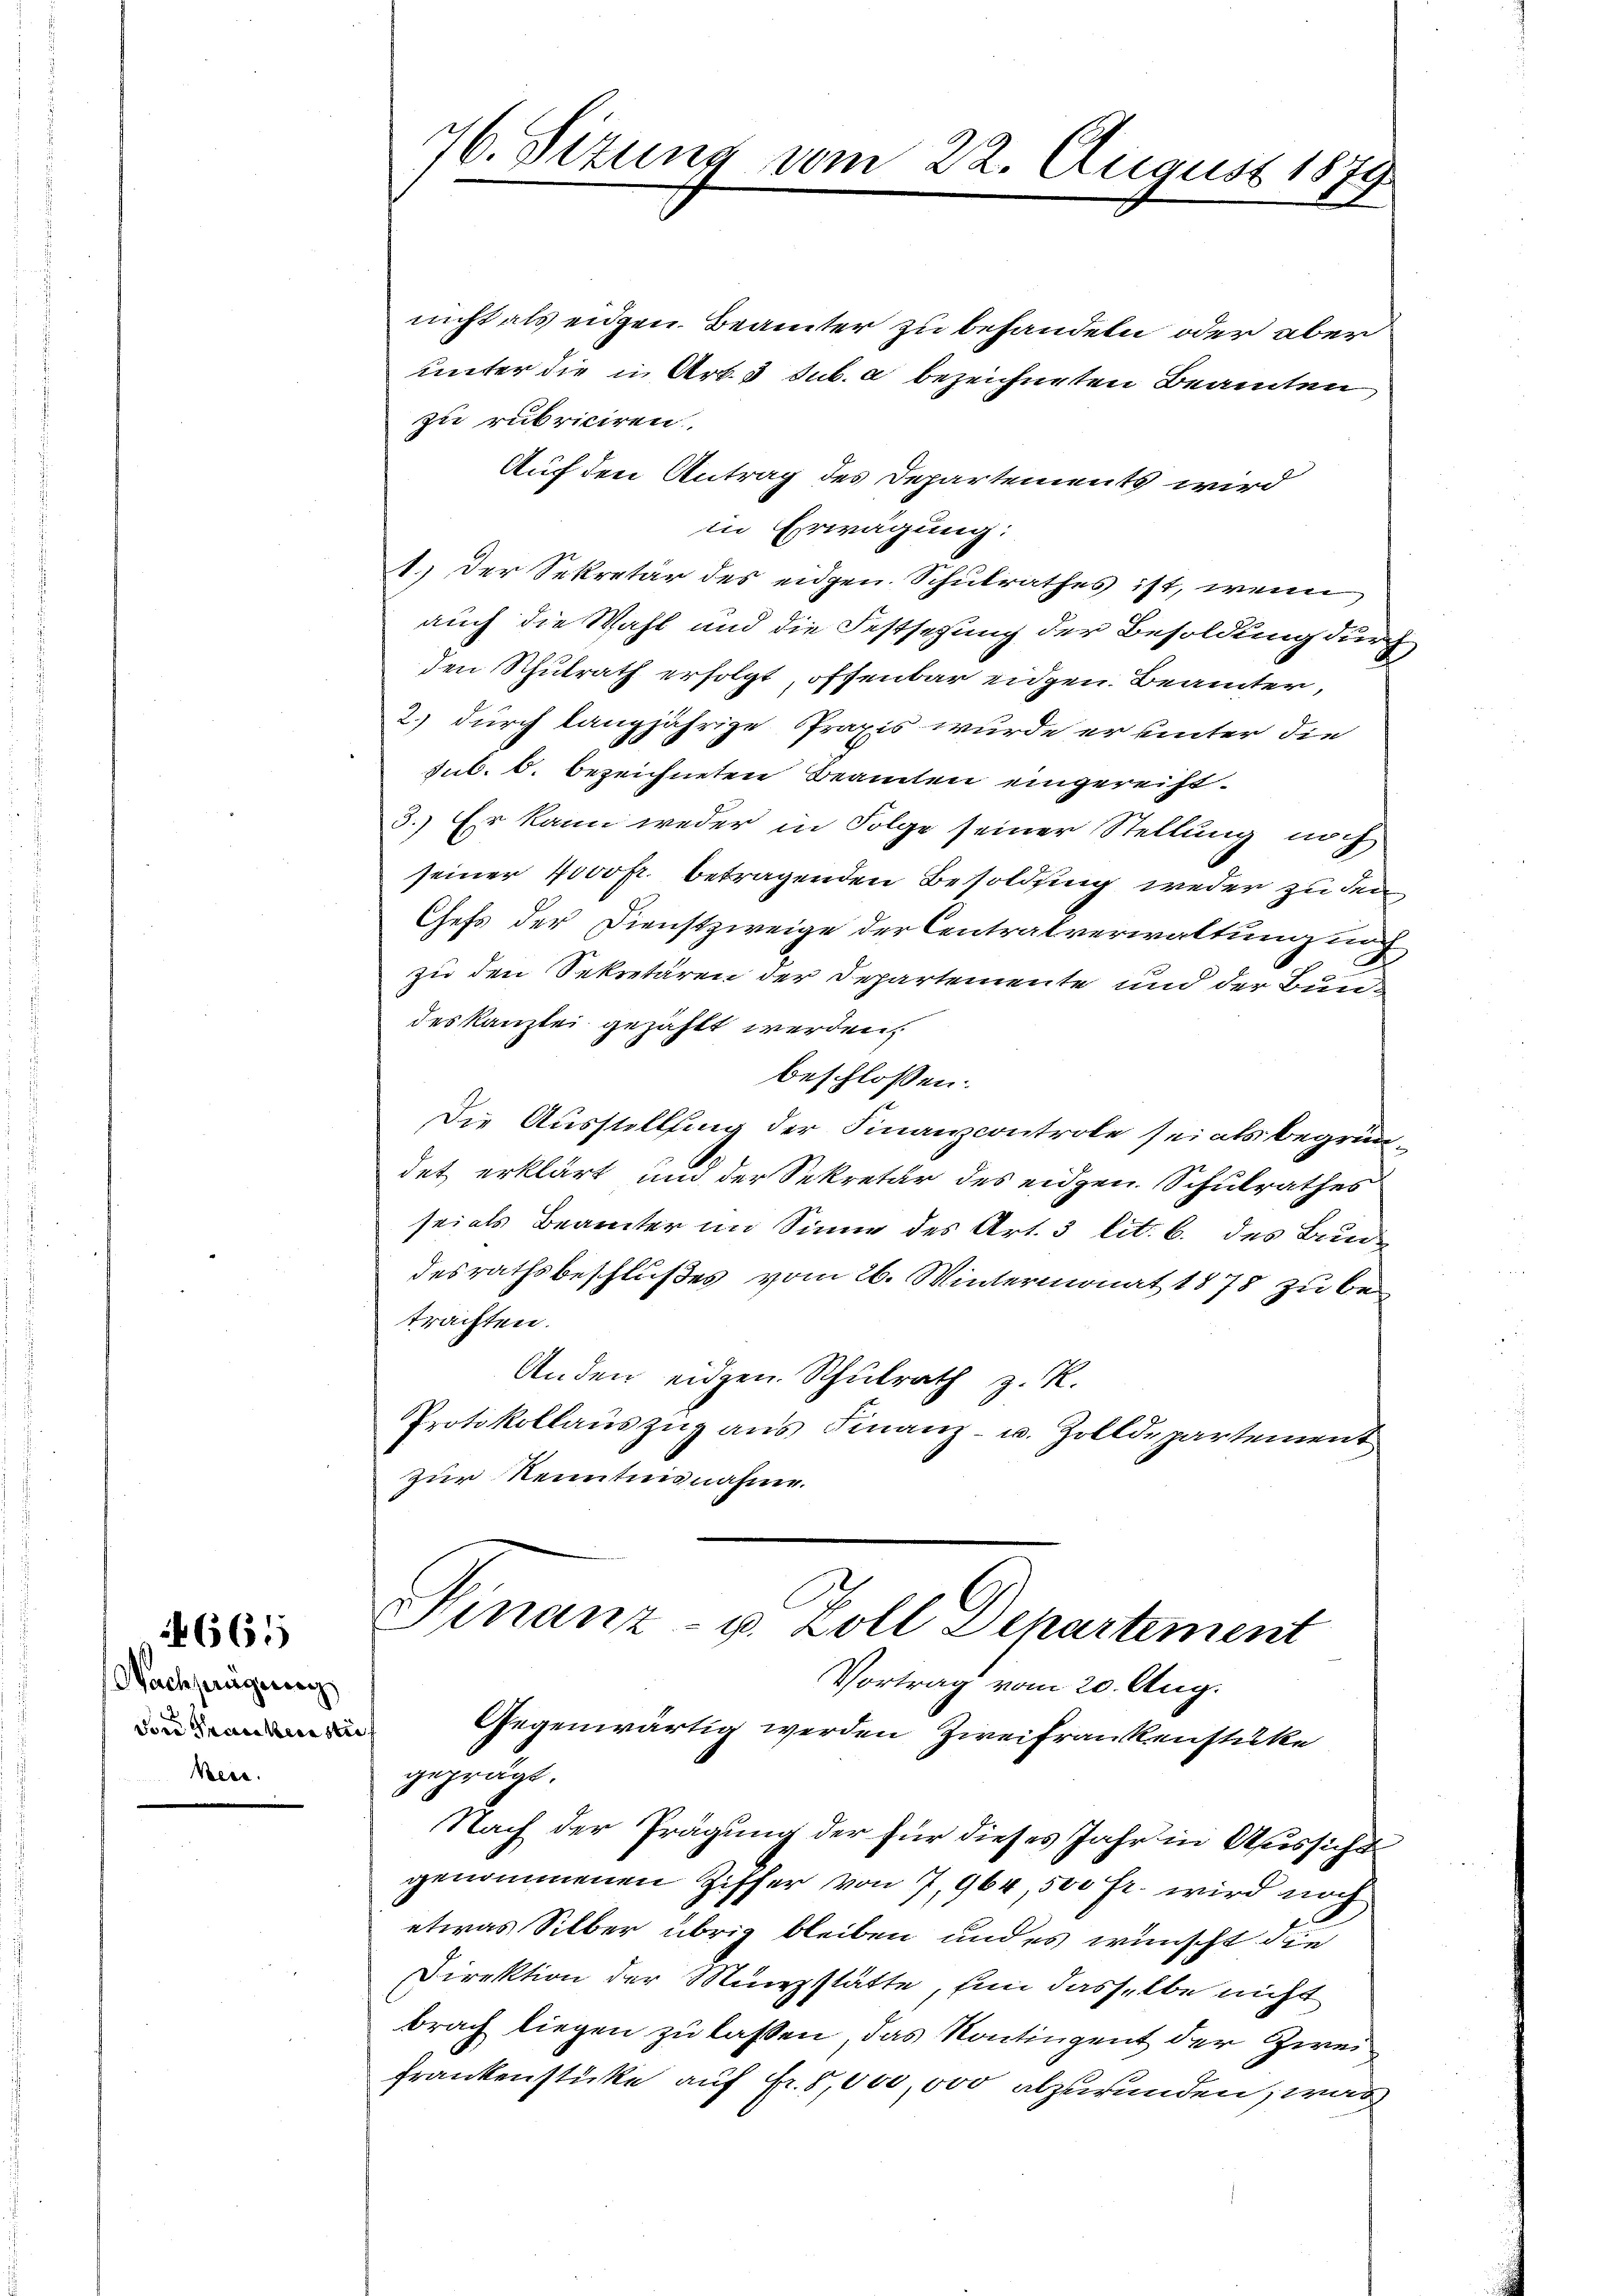
665

Nachseügung
dore Prackerastie
Bece.

nicht als eiden Beamter zu behandeln oder aber
unter die in Art. 3 sub. a bezeichneten Beamten
zu rubriciren.
Auf den Antrag des Departements wird
in Erwägung:
1.) Der Sekretär des eidgen. Schulrathes ist, wenn
auch die Wahl und die Festsezung der Besoldung durch
den Schulrath erfolgt, offenbar eidgen. Beamter,
2.) durch langjährige Praxis wurde er unter die
sub. b. bezeichneten Beamten eingereiht.
3.) Er kann weder in Folge seiner Stellung noch
seiner 1000fr. betragenden Besoldung weder zu den
Chefs der Dienstzweige der Centralverwaltung noch
zu den Sekretären der Departemente und der Bundeskanzlei gezahlt werden,
beschlossen:
Die Ausstellung der Finanzcontrole sei als begründet erklärt und der Sekretär des eidgen. Schulrathes
seials Beamter im Sinne des Art. 3 lit. b. des Bundesrathsbeschlußes vom 26. Wintermonat 1878 zu betrachten.
Anden eidgen. Schulrath z. R.
Protokollaŭszŭg aŭs Finanz u. Zolldepartement
zur Kenntnisnahme.

76. Situng vom 22. August 1879

geprägt.
Nach der Prägung der für dieses Jahr in Aussicht
genommenen Ziffer von 7,964, 500 Fr. wird noch
etwas Silber übrig bleiben und es wünscht die
Direktion der Münzstätte, ein dasselbe nicht
brach liegen zu lassen, das Kontingent der Zwei¬
Frankenstücke auf Fr. 8,000,000 abzurunden, was

Finanz- u. Zoll Departement
Vortrag vom 20. Aug.
Gegenwärtig werden Zweifrankenstücke